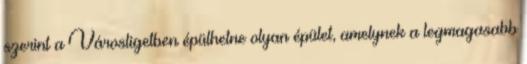
szerint a Városligetben épülhetne olyan épület, amelynek a legmagasabb